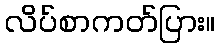
လိပ်စာကတ်ပြား။